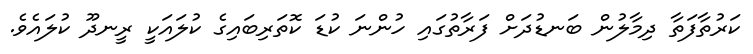
ކަރުތާފަތާ ދިމާލުން ބަނޑުދަށް ފަރާތުގައި ހުންނަ ކުޑަ ކޮތަރިބައިގެ ކުލައަކީ ރީނދޫ ކުލައެވެ.